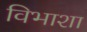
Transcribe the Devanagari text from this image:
विभाशा